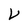
Character: V